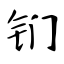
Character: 钔